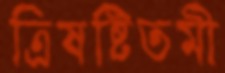
ত্রিষষ্টিতমী